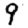
Digit: 9